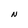
Character: N